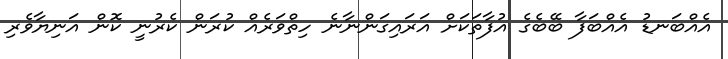
އެއްބަނޑު އެއްބަފާ ބޭބެގެ އުފާތަކަށް އަރައިގަންނާނެ ހިތްވަރެއް ކުރަން ކެރުނީ ކޮން އަނިޔާވެރި